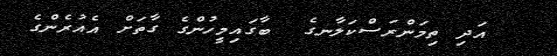
އަދި ތިމަންރަސްކަލާނގެ  ބާގައިމީހުންގެ ގާތަށް އެއުރެންގެ